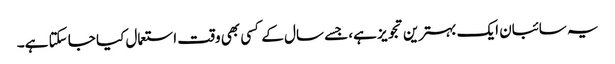
یہ سائبان ایک بہترین تجویز ہے، جسے سال کے کسی بھی وقت استعمال کیا جا سکتا ہے۔